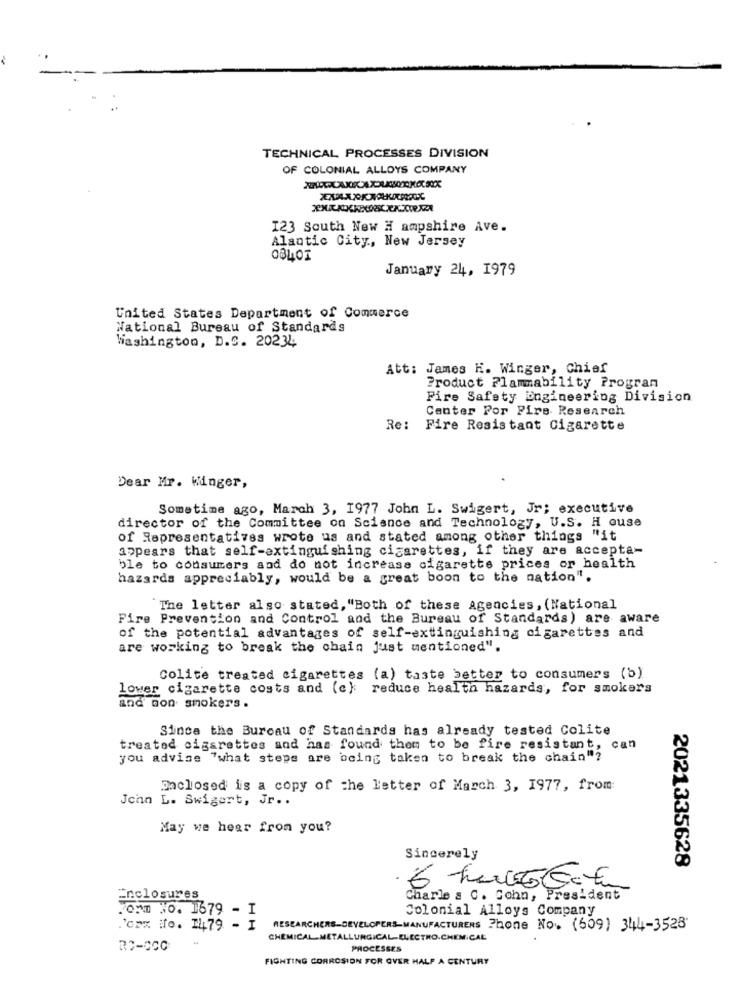
TECHNICAL PROCESSES DIVISION
OF COLONIAL ALLOYS COMPANY
123 South New Hampshire Ave.
Alantic City ., New Jersey
January 24, 1979
United States Department of Commerce
National Bureau of Standards
Washington, D.C. 20234
Att: James K. Winger, Chief
Product Flammability Progran
Fire Safety Engineering Division
Center For Fire Research
Re: Fire Resistant Cigarette
Dear Mr. Winger,
Sometime ago, March 3, 1977 John L. Swigert, Jr; executive
director of the Committee on Science and Technology, U.S. H ouse
of Representatives wrote us and stated among other things "it
appears that self-extinguishing cigarettes, if they are accepta-
ble to consumers and do not increase cigarette prices or health
hazards appreciably, would be a great boon to the nation".
The letter also stated, "Both of these Agencies, (National
Fire Prevention and Control and the Bureau of Standards) are aware
of the potential advantages of self-extinguishing cigarettes and
are working to break the chain just mentioned".
Colite treated cigarettes (a) taste better to consumers (b)
lower cigarette costs and (c}: reduce health hazards, for smokers
and non smokers .
Since the Bureau of Standards has already tested Colite
treated cigarettes and has found them to be fire resistant, can
you advise "what steps are being taken to break the chain"?
Daclosed is a copy of the letter of March 3, 1977, from
John L. Swigert, Jr ..
May we hear from you?
Sincerely
2021335628
·Ghurt@tm
Enclosures
Charle & C. Cohn, President
Form NO. 1679 - I
Colonial Alloys Company
Torx to. 1479 - I
RESEARCHERS-DEVELOPERS-MANUFACTURERS Phone No. (609) 344-3528'
CHEMICAL.METALLURGICAL-ELECTRO.CHEMICAL
RO-CCC
PROCESSES
FIGHTING CORROSION FOR OVER HALF A CENTURY